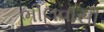
ભીલવાસી